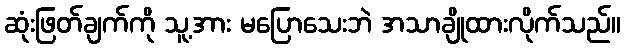
ဆုံးဖြတ်ချက်ကို သူ့အား မပြောသေးဘဲ အသာချိုထားလိုက်သည်။